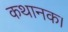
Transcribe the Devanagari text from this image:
कथानक।